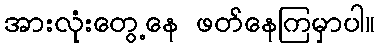
အားလုံးတွေ့နေ ဖတ်နေကြမှာပါ။